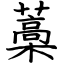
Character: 藁